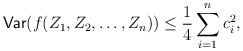
\begin{align*}\mathsf{Var}(f(Z_1,Z_2,\ldots,Z_n)) \leq \frac{1}{4}\sum_{i=1}^n c_i^2,\end{align*}